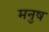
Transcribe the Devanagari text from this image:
मनुष